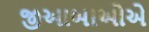
જીઆબાઓએ